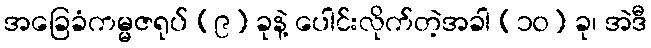
အခြေခံကမ္မဇရုပ် (၉) ခုနဲ့ ပေါင်းလိုက်တဲ့အခါ (၁၀) ခု၊ အဲဒီ